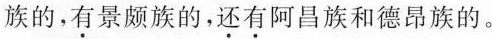
族的，\underset{·}{有}景颇族的，\underset{·}{还}\underset{·}{有}阿昌族和德昂族的。